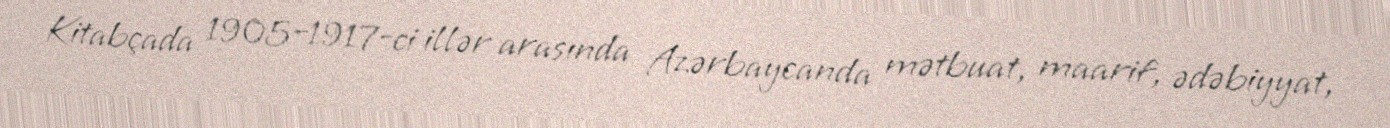
Kitabçada 1905–1917-ci illər arasında Azərbaycanda mətbuat, maarif, ədəbiyyat,